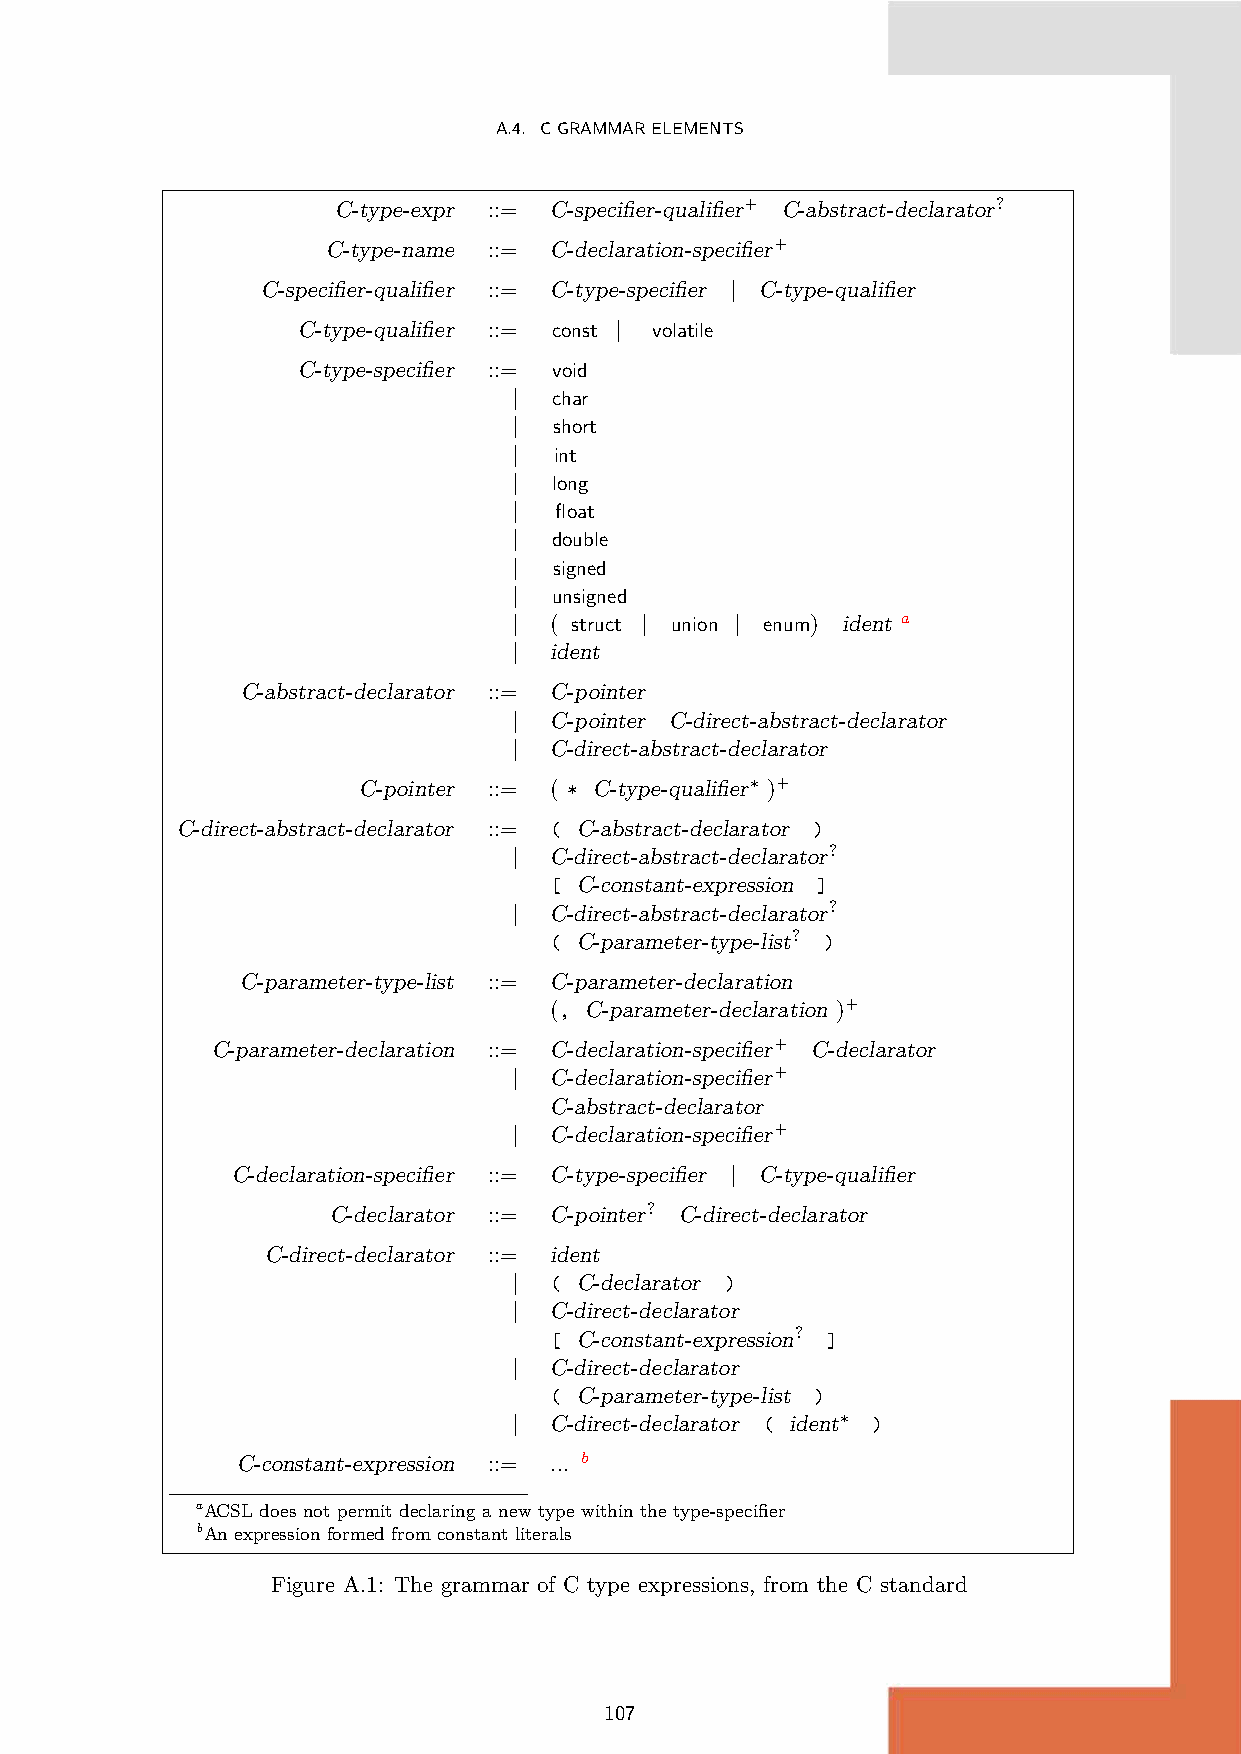
A.4. CGRAMMARELEMENTS
 C-type-expr ::= C-specifier-qualifier+ C-abstract-declarator?
 C-type-name ::= C-declaration-specifier+
 C-specifier-qualifier ::= C-type-specifier | C-type-qualifier
 C-type-qualifier ::= const | volatile
 C-type-specifier ::= void
 |  char
 |  short
 |  int
 |  long
 |  float
 | double
 |  signed
 |  unsigned
 | ( struct | union | enum) ident a
 | ident
 C-abstract-declarator ::= C-pointer
 | C-pointer C-direct-abstract-declarator
 | C-direct-abstract-declarator
 C-pointer ::= ( * C-type-qualifier∗ )+
 C-direct-abstract-declarator ::= ( C-abstract-declarator )
 | C-direct-abstract-declarator?
 [ C-constant-expression ]
 | C-direct-abstract-declarator?
 ( C-parameter-type-list? )
 C-parameter-type-list ::= C-parameter-declaration
 (, C-parameter-declaration )+
 C-parameter-declaration ::= C-declaration-specifier+ C-declarator
 | C-declaration-specifier+
 C-abstract-declarator
 | C-declaration-specifier+
 C-declaration-specifier ::= C-type-specifier | C-type-qualifier
 C-declarator ::= C-pointer? C-direct-declarator
 C-direct-declarator ::= ident
 | ( C-declarator )
 | C-direct-declarator
 [ C-constant-expression? ]
 | C-direct-declarator
 ( C-parameter-type-list )
 | C-direct-declarator ( ident∗ )
 C-constant-expression ::= ... b
 aACSL does not permit declaring a new type within the type-specifier
 bAn expression formed from constant literals
 Figure A.1: The grammar of C type expressions, from the C standard
 107